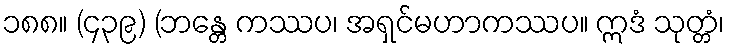
၁၈၈။ (၄၃၉) (ဘန္တေ ကဿပ၊ အရှင်မဟာကဿပ။ ဣဒံ သုတ္တံ၊